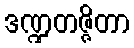
ဒဏ္ဍတဇ္ဇိတာ